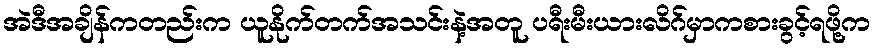
အဲဒီအချိန်ကတည်းက ယူနိုက်တက်အသင်းနဲ့အတူ ပရီးမီးယားလိဂ်မှာကစားခွင့်ရဖို့က